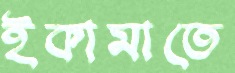
ইকামাতে